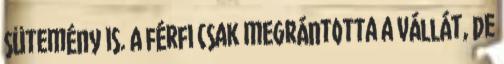
sütemény is. A férfi csak megrántotta a vállát, de